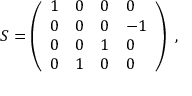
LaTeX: { \cal S } = \left( \begin{array} { l l l l } { { 1 } } & { { 0 } } & { { 0 } } & { { 0 } } \\ { { 0 } } & { { 0 } } & { { 0 } } & { { - 1 } } \\ { { 0 } } & { { 0 } } & { { 1 } } & { { 0 } } \\ { { 0 } } & { { 1 } } & { { 0 } } & { { 0 } } \end{array} \right) \ ,